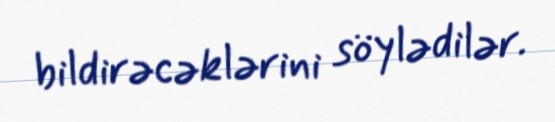
bildirəcəklərini söylədilər.